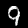
Label: 9